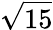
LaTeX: \sqrt{15}